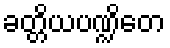
ခတ္တိယပဏ္ဍိတေ